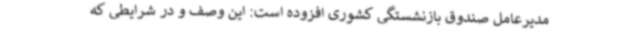
مدیرعامل صندوق بازنشستگی کشوری افزوده است: این وصف و در شرایطی که